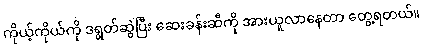
ကိုယ့်ကိုယ်ကို ဒရွတ်ဆွဲပြီး ဆေးခန်းဆီကို အားယူလာနေတာ တွေ့ရတယ်။